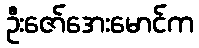
ဦးဇော်အေးမောင်က